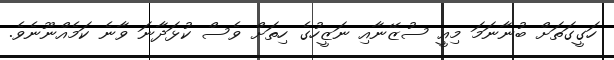
ހަގީގަތަށް ބުނާނަމަ މިއީ ސުޒޭނާއި ނަޒީހުގެ ހިތަށް ވެސް ކުޅަދާނަ ވާނެ ކަމެއްނޫނެވެ.